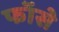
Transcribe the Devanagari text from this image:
फॉसे